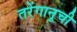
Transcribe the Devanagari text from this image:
तरेंगानूची